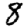
Digit: 8